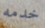
خدمه